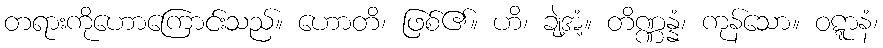
တရားကိုဟောကြောင်းသည်။ ဟောတိ၊ ဖြစ်၏။ ဟိ၊ ချဲ့အံ့။ တိဏ္ဏန္နံ၊ ကုန်သော။ ဝဋ္ဋာနံ၊